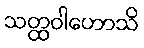
သတ္ထဝါဟောသိ